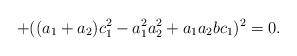
LaTeX: \begin{align*}+((a_1+a_2)c_1^2-a_1^2 a_2^2+a_1 a_2 b c_1)^2=0.\end{align*}